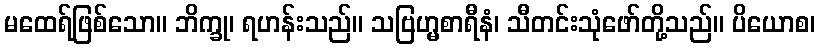
မထေရ်ဖြစ်သော။ ဘိက္ခု၊ ရဟန်းသည်။ သဗြဟ္မစာရီနံ၊ သီတင်းသုံဖော်တို့သည်။ ပိယောစ၊